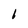
Character: I